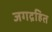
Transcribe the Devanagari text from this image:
जगद्रहित